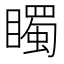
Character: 𥋛